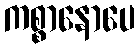
ကစ္စာနောပေ